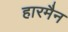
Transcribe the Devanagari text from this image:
हारमैन